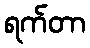
ရက်တာ